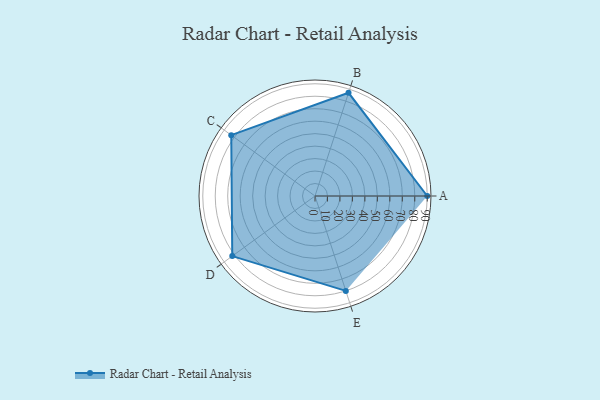
{"axis": {"x": "Skill", "y": "Score"}, "legend": ["Profile"], "data": [{"x": "A", "y": 90.0, "type": "Profile"}, {"x": "B", "y": 87.0, "type": "Profile"}, {"x": "C", "y": 83.0, "type": "Profile"}, {"x": "D", "y": 82.0, "type": "Profile"}, {"x": "E", "y": 80.0, "type": "Profile"}]}